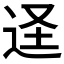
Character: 𮷠